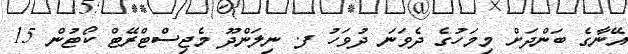
އޭނާގެ ބަންދަށް މިމަހުގެ ދެވަނަ ދުވަހު ފ. ނިލަންދޫ މެޖިސްޓްރޭޓް ކޯޓުން 15